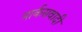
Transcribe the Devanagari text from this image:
मार्कसवादी